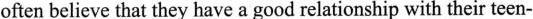
often believe that they have a good relationship with their teen-